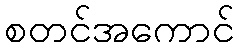
စတင်အကောင်